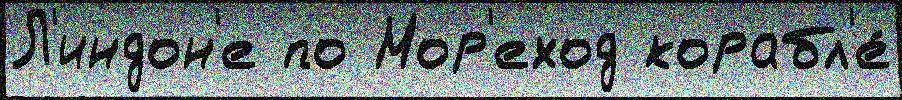
Л'индон'е по Мор'еход корабл'е́